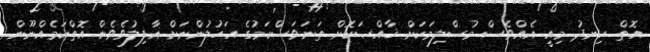
އޮތް ހިނދު މިއީ އެއްވެސް މުސްލިމަކަށް ޚާއްޞަކޮށް ތަނަވަސްކަމުގެ އަހުލުންނަށް ޣާފިލުވެވެން އޮތްކަމެއްނޫން